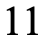
11